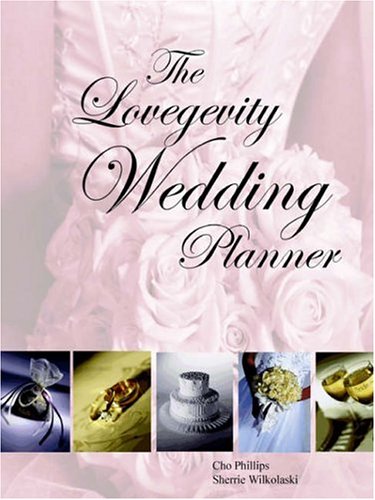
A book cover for The Lovegevity Wedding Planner; Cho Phillips; Crafts, Hobbies & Home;